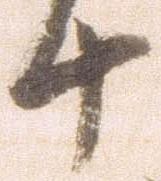
十